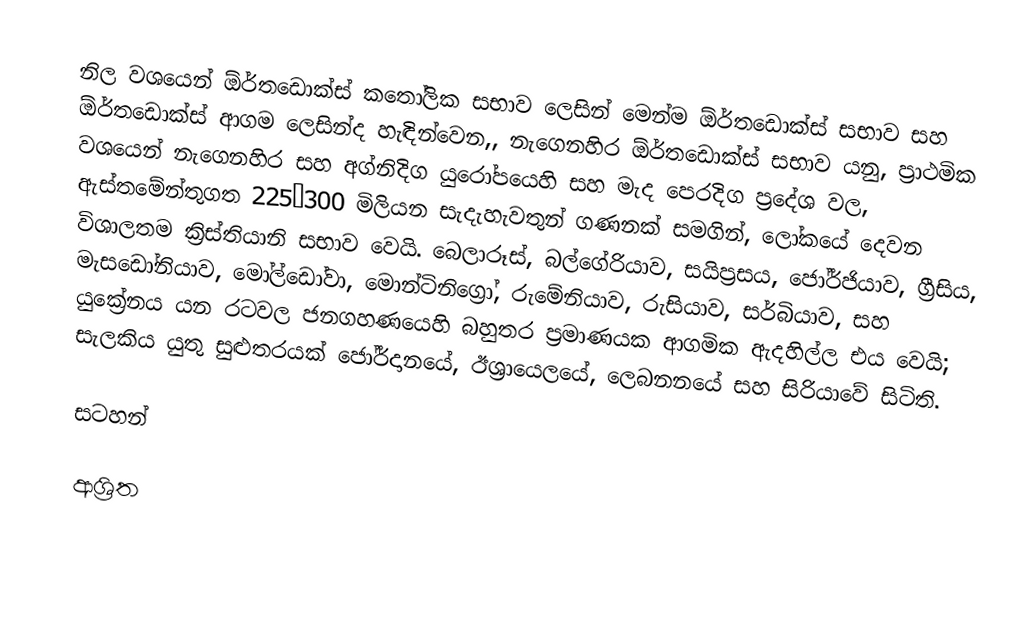
නිල වශයෙන් ඕර්තඩොක්ස් කතෝලික සභාව  ලෙසින් මෙන්ම ඕර්තඩොක්ස් සභාව සහ  ඕර්තඩොක්ස් ආගම ලෙසින්ද හැඳින්වෙන,, නැගෙනහිර ඕර්තඩොක්ස් සභාව    යනු, ප්‍රාථමික වශයෙන් නැගෙනහිර සහ  අග්නිදිග යුරෝපයෙහි සහ මැද පෙරදිග ප්‍රදේශ වල, ඇස්තමේන්තුගත 225–300 මිලියන සැදැහැවතුන් ගණනක් සමගින්, ලෝකයේ දෙවන විශාලතම ක්‍රිස්තියානි සභාව වෙයි. බෙලාරූස්, බල්ගේරියාව, සයිප්‍රසය, ජෝර්ජියාව, ග්‍රීසිය, මැසඩෝනියාව, මෝල්ඩෝවා, මොන්ටිනිග්‍රෝ, රුමේනියාව, රුසියාව, සර්බියාව, සහ යුක්‍රේනය යන රටවල ජනගහණයෙහි බහුතර ප්‍රමාණයක ආගමික ඇදහිල්ල එය වෙයි; සැලකිය යුතු සුළුතරයක්  ජෝර්දානයේ,  ඊශ්‍රායෙලයේ,  ලෙබනනයේ සහ   සිරියාවේ සිටිති.

සටහන්

ආශ්‍රිත